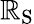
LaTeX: \mathbb{R}_{\mathrm{{{S}}}}